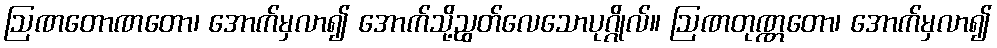
ဩဏတောဏတော၊ အောက်မှလာ၍ အောက်သို့ညွတ်လေသောပုဂ္ဂိုလ်။ ဩဏတုဏ္ဏတော၊ အောက်မှလာ၍